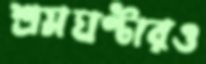
শ্রমঘণ্টারও